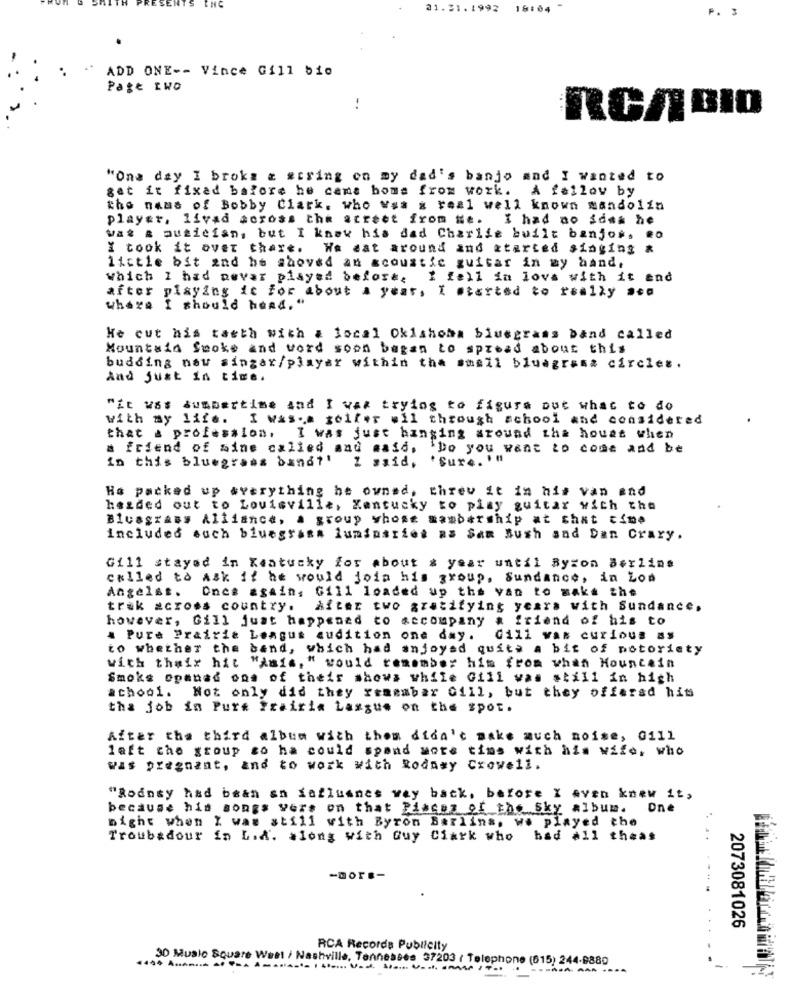
21.31.1992
18:04
P. 3
ADD ONE -- Vince Gill bio
Page two
-.
RCABIO
"One day I broks & string on my dad's banjo and I wanted to
get it fixad before he came home from work. A fellow by
the name of Bobby Clark, who Was a real well known mandolin
player, lived across the street from Ne. I had no idea he
wat & musician, but I knew his dad Charlie built banjo *. 20
I took it over there. We dat around and started singing &
lictle bit and he shoved an acoustic guitar in my hand.
Which I had never played before, I fell in love with it and
after playing it for about a year. I started to really asa
where I should hand, "
He cut his taeth with & local Oklahoma bluegrass band called
Mountain Smoke and vord soon began to spread about this
budding naw singar/player within the small bluegrass circles.
And just in time.
"it was Summertime and I was trying to figure out what to do
with my life.
I Was.a golfer wll through school and considered
that a profession. I was just hanging around the house when
friend of mine called and said, 'Do you want to come and be
in this bluegrass band ?!
1 said, 'Sur4. '"
Ho packed up averything he owned, threw it in his van and
hezded out to Louisville, Kentucky to play guitar with the
Bluegrass Alliance, a group whose membership at that time
included such bluegrass luminariet as Sam Bush and Dan Crary.
Gill stayed in Kentucky for about a year until By:on Berlins
called to ask if he would join his group, Sundance, in Lon
Angelst.
Once again, Gill loaded up the van to make the
trak across country.
After two gratifying yeara with Sundance,
however, Gill just happened to accompany
a friend of his to
& Pure Prairie Leagus audition one day.
Gill was curious as
to whether the band, which had anjoyed quite a bit of notoriety
with their hit "amis," would remember him from when Mountain
Smoke opanad ons of their showa while Gill was still in high
school. Not only did they remember Gill, but they offered hit
tha job in Pure Frairia Lassus on the spot.
After the third album with thom didn't make auch noise, 0111
laft the group so ha could spand wote tims with his wife, who
was pregnant, and to work with Rodawy Cxowell.
"Rodney had bean sn faflumnes way back, before I even knew it,
because his songs vers on that Places of the Sky album.
One
night when I was still with Byron Berlins, we played the
Troubadour in L.A. along with Guy Clark who had all theas
..
-morE-
2073081026
RCA Recorda Publicity
30 Muslo Square West / Nashville, Tennessee 37203 ( Telephone (615) 244-9880
------- ----